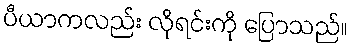
ပီယာကလည်း လိုရင်းကို ပြောသည်။